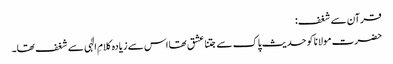
قرآن سے شغف:
حضرت مولانا کو حدیث پاک سے جتنا عشق تھا اس سے زیادہ کلامِ الٰہی سے شغف تھا۔